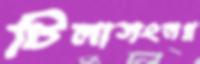
টিলাসংলগ্ন